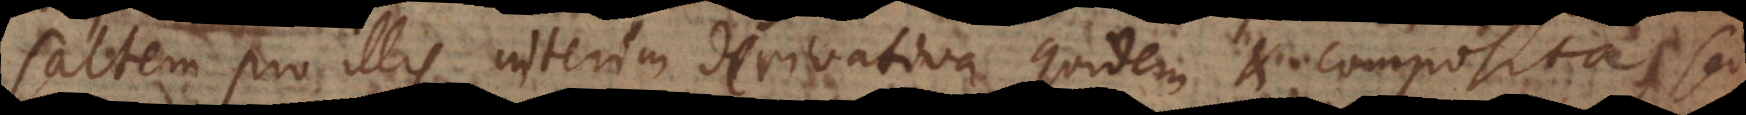
pro illis interim derivativa quidem et composita, sed